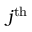
j ^ { \mathrm { t h } }